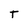
Character: T